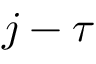
j - \tau